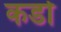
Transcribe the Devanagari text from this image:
कडो